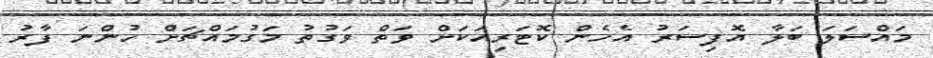
މައްސަލަ ބަލާ އޮފިސަރު އެހެން ކޮޓަރިއަކަށް ވަތް ވަގުތު މަގުމައްޗަށް ހުންނަ ފާރު